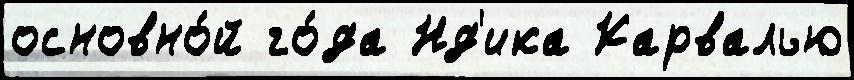
основно́й го́да Нд'ика Карвалью